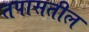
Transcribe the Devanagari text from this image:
तपासतील